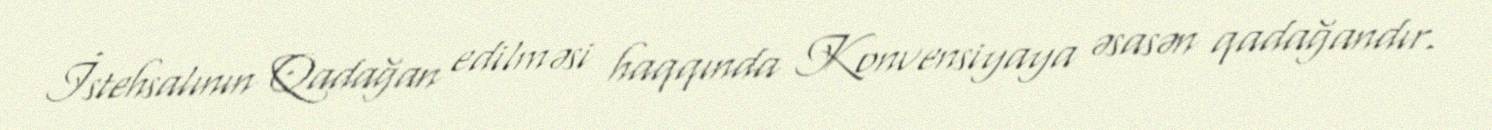
İstehsalının Qadağan edilməsi haqqında Konvensiyaya əsasən qadağandır.